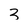
Character: 3